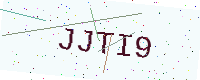
Text: JJTI9